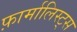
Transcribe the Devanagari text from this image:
फ़ार्मालिस्ट्स